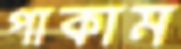
পাকাম